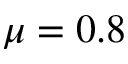
\mu = 0 . 8